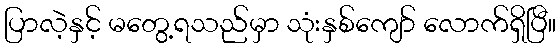
ပြာလဲ့နှင့် မတွေ့ရသည်မှာ သုံးနှစ်ကျော် လောက်ရှိပြီ။